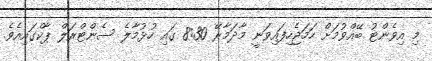
މި އިވެންޓު ބޭއްވުމަށް ހަމަޖެހިފައިވަނީ މާދަމާރޭ 8:30 ގައި ހުޅުމާލެ ސެންޓްރަލް ޕާކްގައިއެވެ.